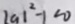
\vert a \vert ^ { 2 } - 1 < 0